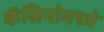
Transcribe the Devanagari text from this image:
कॅसिनोमध्ये